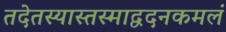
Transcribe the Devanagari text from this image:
तदेतस्यास्तस्माद्वदनकमलं